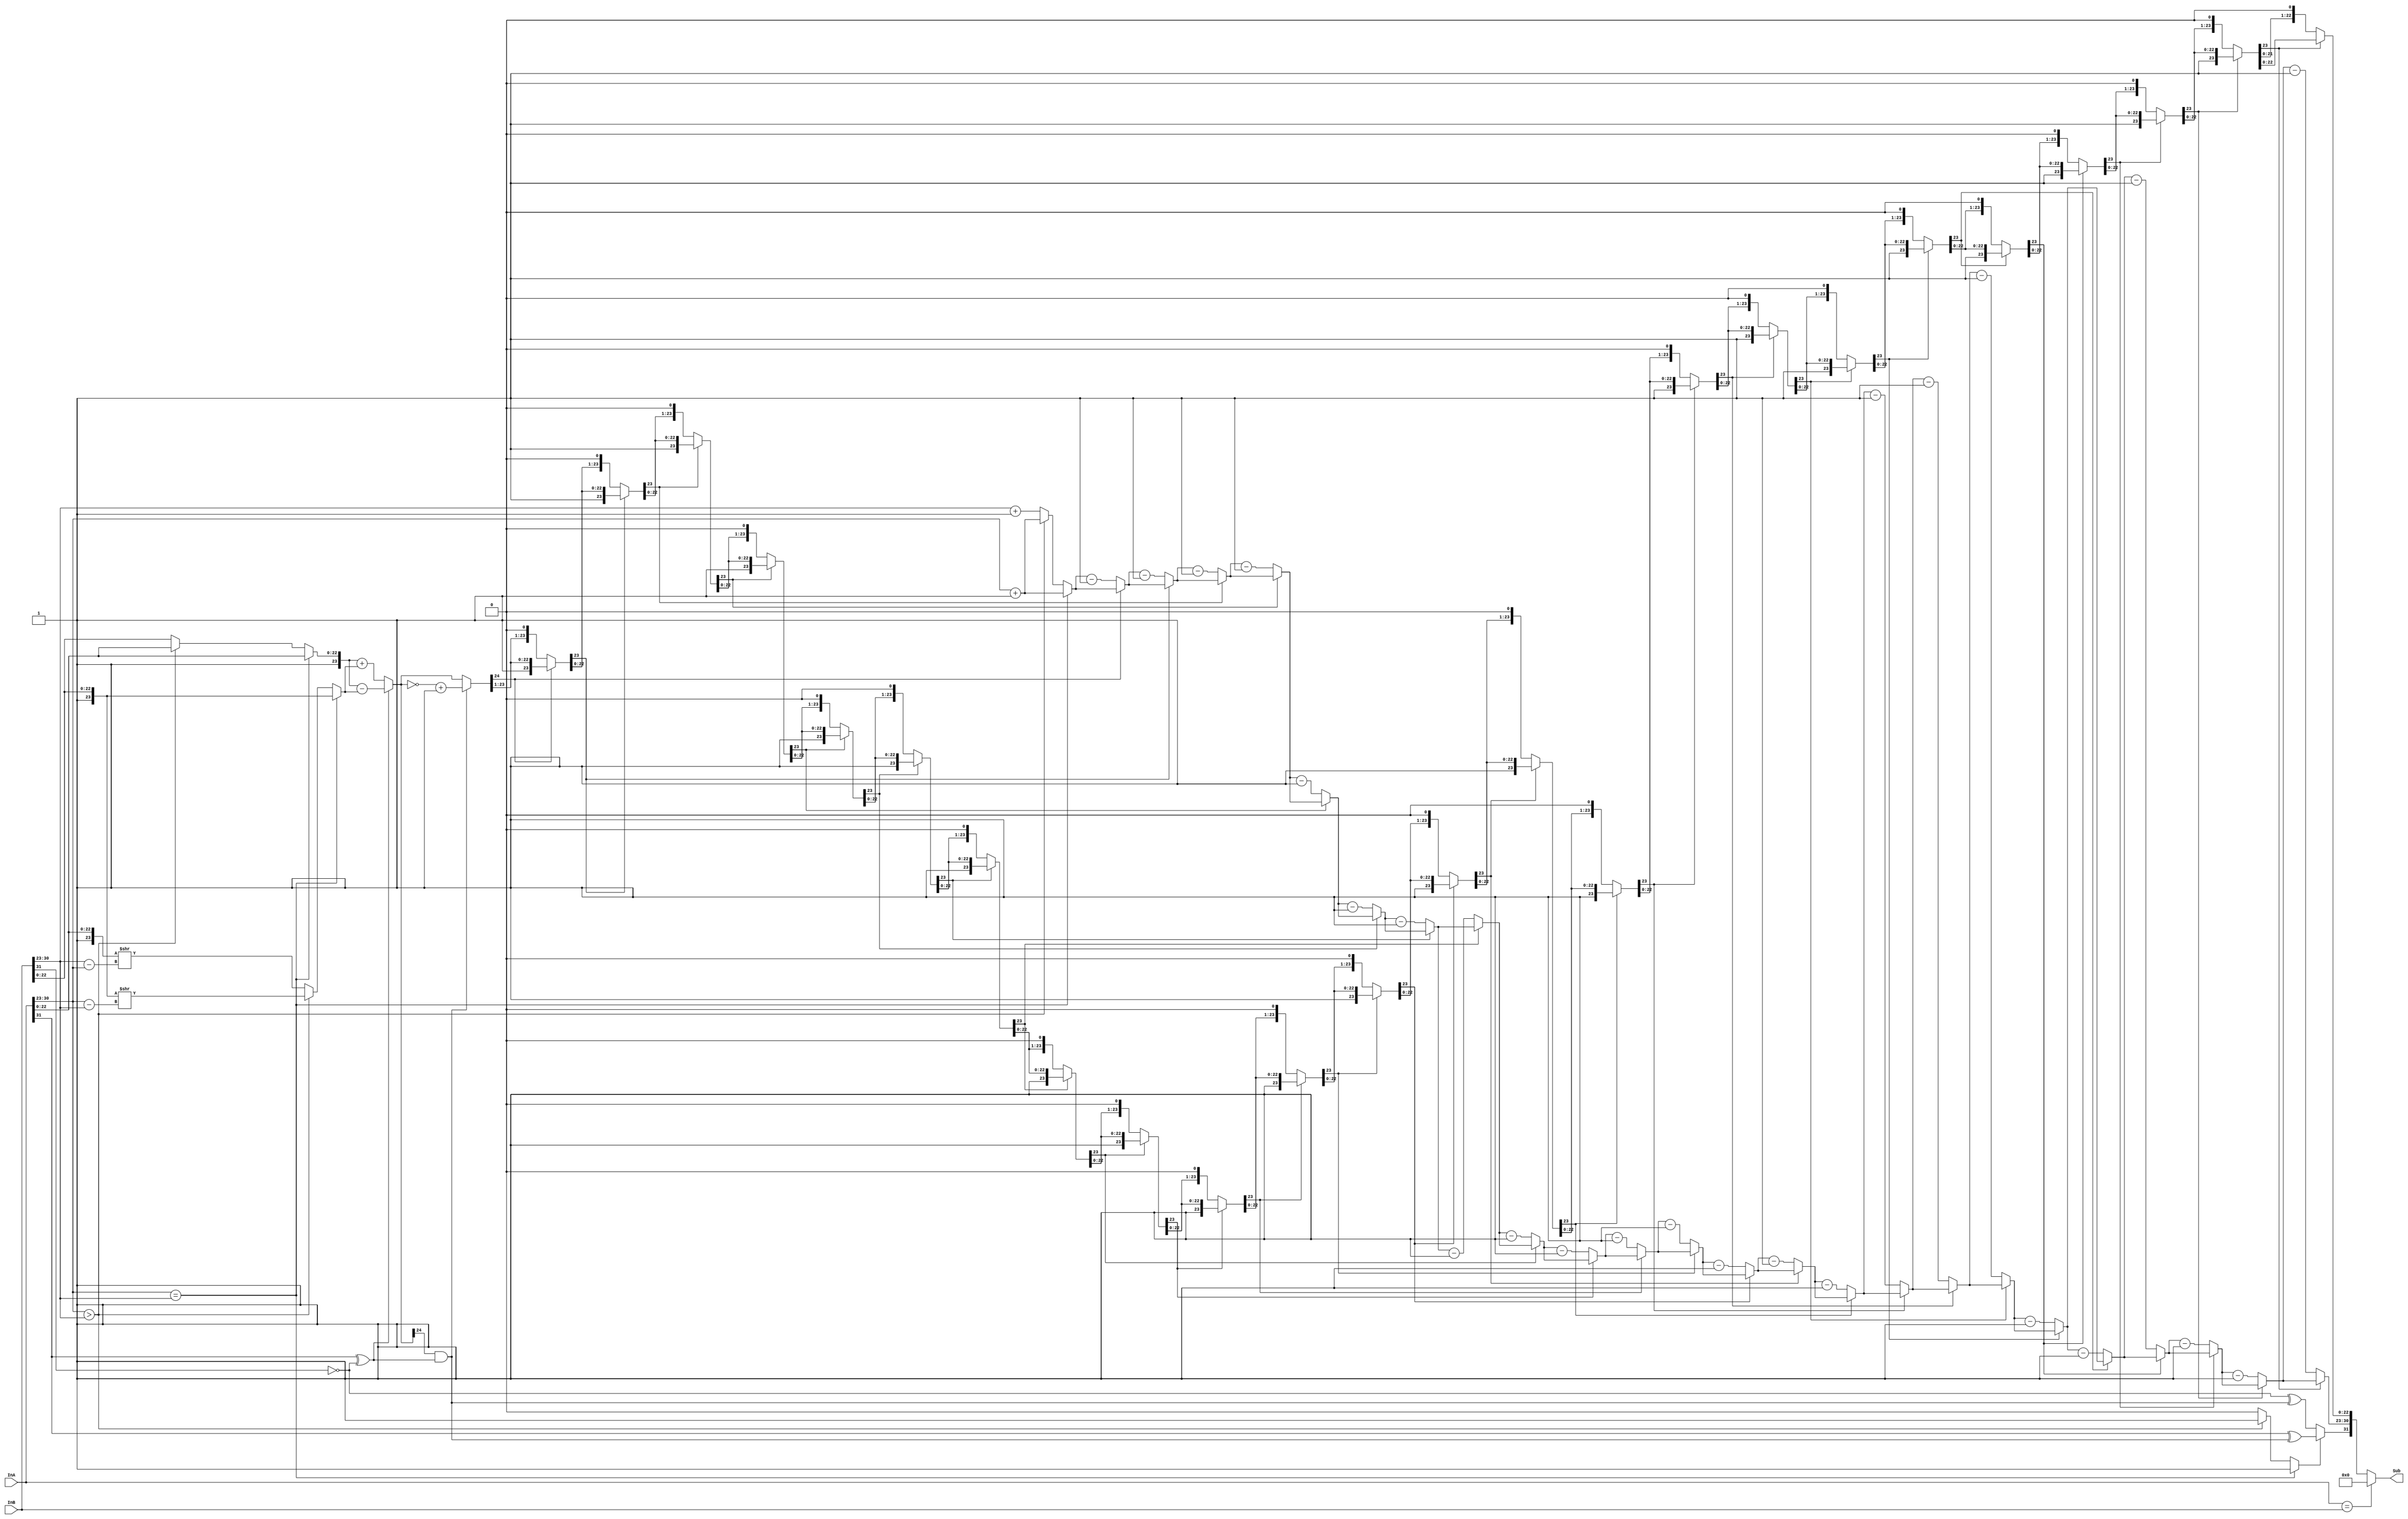
module Sub(Sub, InA, InB);
	input [31:0] InA, InB;
	output [31:0]Sub;
	reg [7:0] Exponent, Exponent_A, Exponent_B, Exponent_A_Out, Exponent_B_Out;
	reg  Sign_A, Sign_B, Sign, S, Temp;
	reg [23:0] Fraction_A,  Fraction_B, Fraction, Fraction_A_Out, Fraction_B_Out;
	reg [24:0] Result_Fraction, Fraction_Temp;
	reg [7:0] Ex_Difference;
	
	always @ (InA or InB)
	begin
		//initial
		Sign_A = InA[31];
		Sign_B = ~InB[31];
		Exponent_A = InA[30:23];
		Exponent_B = InB[30:23];
		Fraction_A = {1'b1,	InA[22:0]};
		Fraction_B = {1'b1, InB[22:0]};
		//compare Exponent
		if (Exponent_A == Exponent_B)
		begin
			Exponent_A_Out = Exponent_A + 8'd1;
			Exponent_B_Out = Exponent_B + 8'd1;
			Fraction_A_Out = Fraction_A;
			Fraction_B_Out = Fraction_B;
			S = 1'b1;
		end
		else if (Exponent_A > Exponent_B)
		begin
			Ex_Difference = Exponent_A - Exponent_B; 
			Exponent_A_Out = Exponent_A + 8'd1;
			Exponent_B_Out = Exponent_A + 8'd1;
			Fraction_A_Out = Fraction_A;
			Fraction_B_Out = Fraction_B >> Ex_Difference;
			S = 1'b1;
		end
		else
		begin
			Ex_Difference = Exponent_B - Exponent_A;
			Exponent_A_Out = Exponent_B + 8'd1;
			Exponent_B_Out = Exponent_B + 8'd1;
			Fraction_A_Out = Fraction_B;
			Fraction_B_Out = Fraction_A >> Ex_Difference;
			S = 1'b0;
		end
		//Sub Add
		if (Sign_A ^ Sign_B)
			Result_Fraction = Fraction_A_Out - Fraction_B_Out;
		else
			Result_Fraction = Fraction_A_Out + Fraction_B_Out;
		//normalize
		Temp = Sign_A ^ Sign_B;
		Sign = S ? (Sign_A ^ (Result_Fraction[24] & Temp)) : (Sign_B ^ (Result_Fraction[24] & Temp));
		Fraction_Temp = (Result_Fraction[24] & Temp) ? (~Result_Fraction + 25'd1) : Result_Fraction;
		Fraction = Fraction_Temp[24:1];
		Exponent = Exponent_A_Out;
		repeat(24)
		begin
			if (Fraction[23] == 1'b0)
			begin
				Fraction = Fraction << 1'b1;
				Exponent = Exponent - 8'd1;
			end
		end
	end
	assign Sub = (InA == InB) ? 32'd0 : {Sign, Exponent, Fraction[22:0]};
endmodule